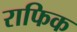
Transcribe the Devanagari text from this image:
राफिक